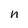
Character: n